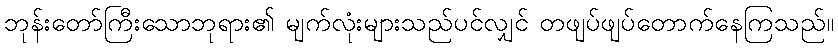
ဘုန်းတော်ကြီးသောဘုရား၏ မျက်လုံးများသည်ပင်လျှင် တဖျပ်ဖျပ်တောက်နေကြသည်။